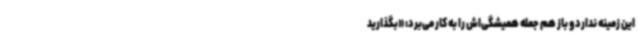
این زمینه ندارد و باز هم جمله همیشگی‌اش را به کار می‌برد: «بگذارید